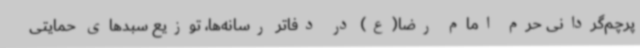
پرچم‌گردانی حرم امام رضا(ع) در دفاتر رسانه‌ها، توزیع سبدهای حمایتی